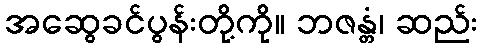
အဆွေခင်ပွန်းတို့ကို။ ဘဇန္တံ၊ ဆည်း